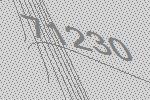
71230